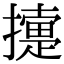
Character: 𢷟